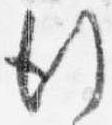
行